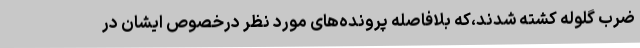
ضرب گلوله کشته شدند،که بلافاصله پرونده‌های مورد نظر درخصوص ایشان در